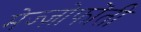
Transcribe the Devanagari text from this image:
मेज्ज़ोफोंती